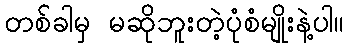
တစ်ခါမှ မဆိုဘူးတဲ့ပုံစံမျိုးနဲ့ပါ။